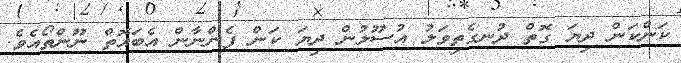
ކަންކަން ދިޔަ ގޮތް ދުނގެތިވަލު އުސޫލުން ދިޔަ ކަން ފެންނާން އެބައޮތް ނޫންތޯއެވެ.